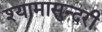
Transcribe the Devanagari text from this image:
श्यामासुन्दरी